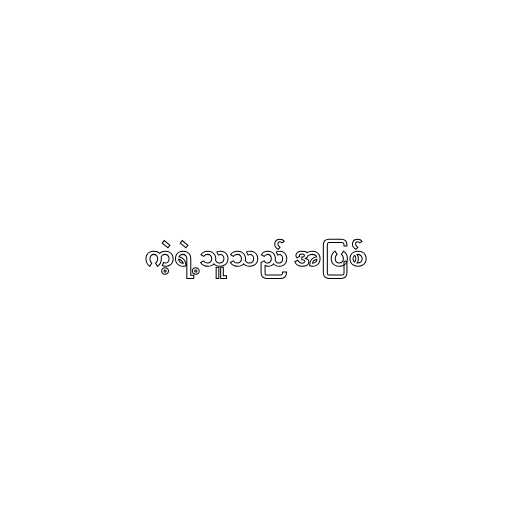
ကဲ့ရဲ့သူသည် အပြစ်